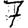
Digit: 7